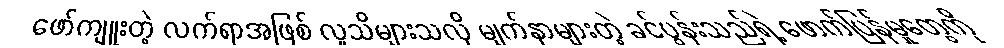
ဖော်ကျူးတဲ့ လက်ရာအဖြစ် လူသိများသလို မျက်နှာများတဲ့ ခင်ပွန်းသည်ရဲ့ ဖောက်ပြန်မှုတွေကို